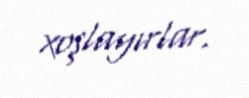
xoşlayırlar.